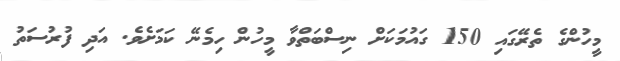
މީހުންގެ ތެރޭގައި 150 ގައުމަކަށް ނިސްބަތްވާ މީހުން ހިމެނޭ ކަމަށެވެ. އަދި ފުރުސަތު